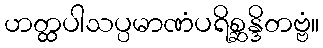
ဟတ္ထပါသပ္ပမာဏံပရိစ္ဆန္ဒိတဗ္ဗံ။